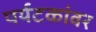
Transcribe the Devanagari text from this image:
पर्यटकांवर